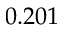
0 . 2 0 1